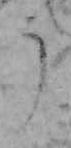
う